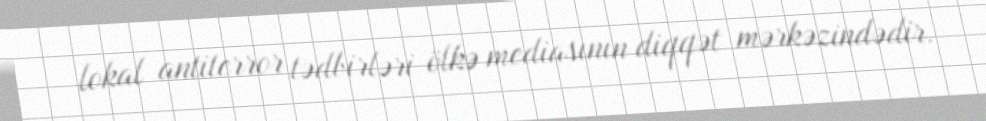
lokal antiterror tədbirləri ölkə mediasının diqqət mərkəzindədir.